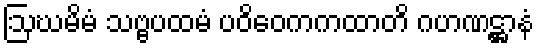
ဩဃမိမံ သဗ္ဗပထမံ ပဝိဝေကကထာတိ ဂဟဏဋ္ဌာနံ